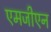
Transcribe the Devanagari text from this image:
एमजीएन